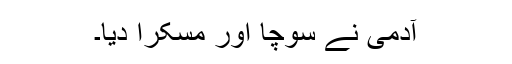
آدمی نے سوچا اور مسکرا دیا۔